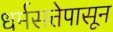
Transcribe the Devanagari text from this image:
धर्मसत्तेपासून